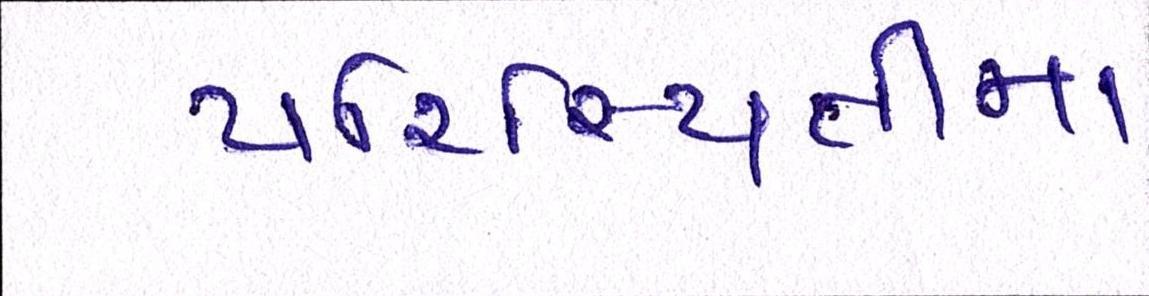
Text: પરિસ્થિતીમા